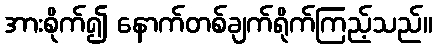
အားစိုက်၍ နောက်တစ်ချက်ရိုက်ကြည့်သည်။